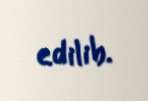
edilib.